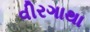
વીરગાથા